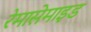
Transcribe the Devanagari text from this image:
रेमासेमाइड